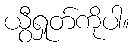
ယွီရှုတ်ကိုပါ။